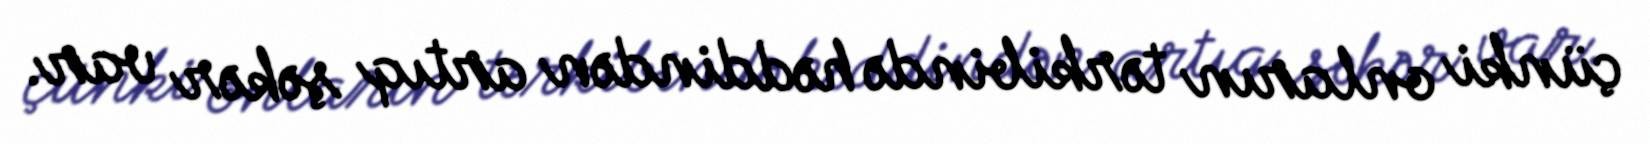
çünki onların tərkibində həddindən artıq şəkər var.